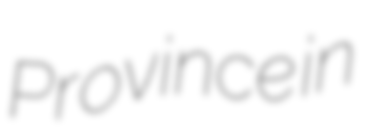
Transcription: Province in